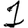
Digit: 1